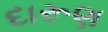
દારૂણ